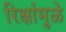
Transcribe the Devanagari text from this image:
रिक्षांमुळे